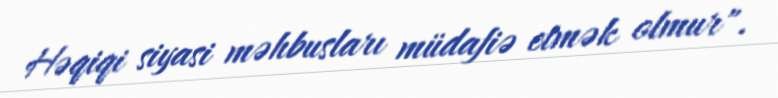
Həqiqi siyasi məhbusları müdafiə etmək olmur".